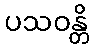
ပသဝန္တိ